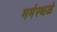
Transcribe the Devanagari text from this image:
मर्मस्थळे